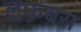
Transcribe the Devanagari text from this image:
लफ़बरा